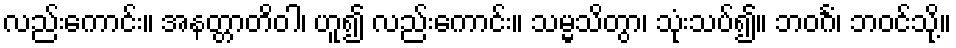
လည်းကောင်း။ အနတ္တာတိဝါ၊ ဟူ၍ လည်းကောင်း။ သမ္မသိတွာ၊ သုံးသပ်၍။ ဘဝင်္ဂံ၊ ဘဝင်သို့။